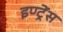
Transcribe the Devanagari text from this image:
इण्ट्रेंस